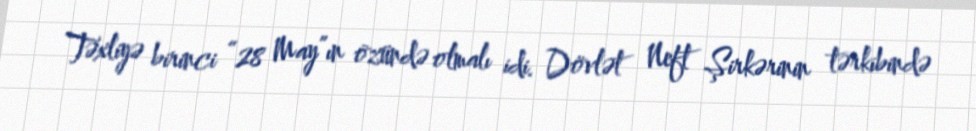
Təxliyə birinci “28 May”ın özündə olmalı idi. Dövlət Neft Şirkərinin tərkibində